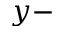
y -